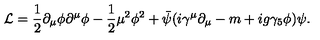
{ \cal L } = \frac { 1 } { 2 } \partial _ { \mu } \phi \partial ^ { \mu } \phi - \frac { 1 } { 2 } \mu ^ { 2 } \phi ^ { 2 } + \bar { \psi } ( i \gamma ^ { \mu } \partial _ { \mu } - m + i g \gamma _ { 5 } \phi ) \psi .